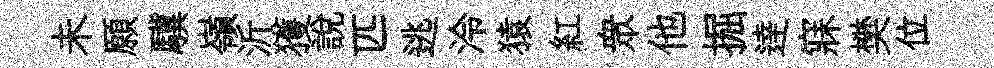
未願驥嶺沂獲說匹逃泠猿紅衆他掘逹寐樊位